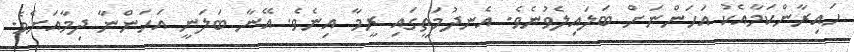
ހައިރާންކަމާއެކު އަހަންނަށް ބަލައިލެވުނެވެ. އެނދުމަތީގައި ރީމާ އިނެވެ. އޭނާ ބަލަނީ އަހަންނާ ދިމާއަށެވެ.